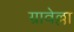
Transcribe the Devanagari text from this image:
ग्रावेल्ला